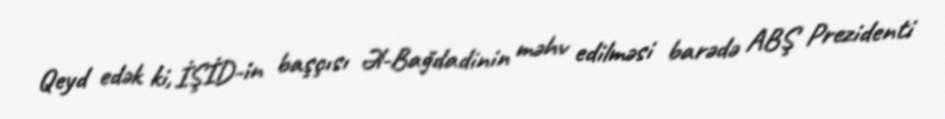
Qeyd edək ki, İŞİD-in başçısı Əl-Bağdadinin məhv edilməsi barədə ABŞ Prezidenti